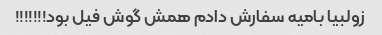
زولبیا بامیه سفارش دادم همش گوش فیل بود!!!!!!!